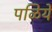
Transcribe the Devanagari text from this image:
पळिये